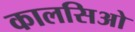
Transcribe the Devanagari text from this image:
कालसिओ